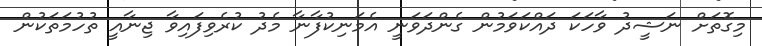
މިގޮތަށް ނަޝީދު ވާހަކަ ދައްކަވަމުން ގެންދަވަނީ އެމަނިކުފާނާ މެދު ކުރެވިފައިވާ ޖިނާއީ ތުހުމަތަކުން